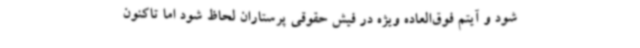
شود و آیتم فوق‌العاده ویژه در فیش حقوقی پرستاران لحاظ شود اما تاکنون